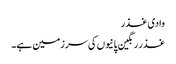
وادی غذر
غذر رنگین پانیوں کی سرزمین ہے۔